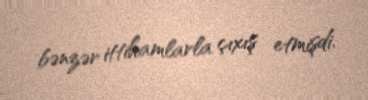
bənzər ittihamlarla çıxış etmişdi.